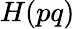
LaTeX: H(pq)